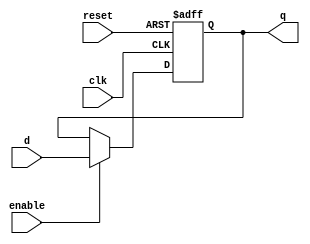
module store_register(
// inputs
clk, enable, d, reset,
// outputs
q
);

parameter N = 6144;

input clk;
input enable;
input reset;
input [N-1:0] d;
output [N-1:0] q;
reg [N-1:0] r;
assign q = r;

always @ (posedge clk or posedge reset)
begin
    if (reset == 1) begin
        r <= 0;
    end else if (enable == 1) begin
        r <= d;
    end
end                
endmodule